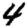
Digit: 4